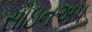
સાઇનઅપ